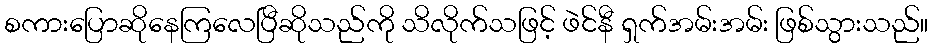
စကားပြောဆိုနေကြလေပြီဆိုသည်ကို သိလိုက်သဖြင့် ဖဲင်နီ ရှက်အမ်းအမ်း ဖြစ်သွားသည်။